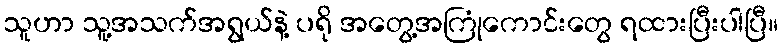
သူဟာ သူ့အသက်အရွယ်နဲ့ ပရို အတွေ့အကြုံကောင်းတွေ ရထားပြီးပါပြီ။